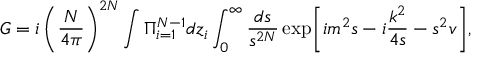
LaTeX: G = i \left( \frac { N } { 4 \pi } \right) ^ { 2 N } \int \Pi _ { i = 1 } ^ { N - 1 } d z _ { i } \int _ { 0 } ^ { \infty } \frac { d s } { s ^ { 2 N } } \, \mathrm { e x p } \biggl [ i m ^ { 2 } s - i \frac { k ^ { 2 } } { 4 s } - s ^ { 2 } v \biggr ] ,